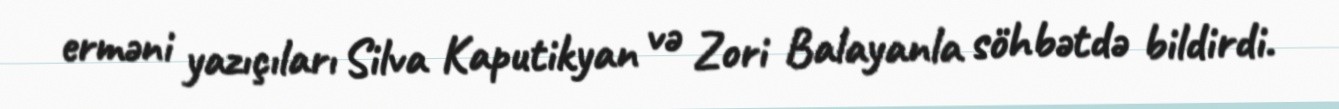
erməni yazıçıları Silva Kaputikyan və Zori Balayanla söhbətdə bildirdi.